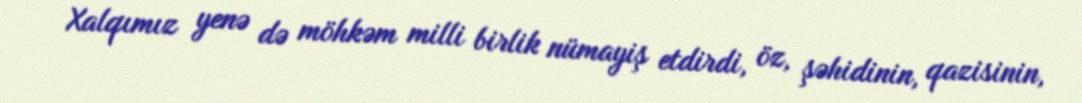
Xalqımız yenə də möhkəm milli birlik nümayiş etdirdi, öz, şəhidinin, qazisinin,